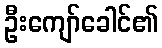
ဦးကျော်ခေါင်၏